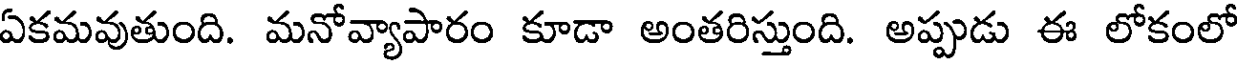
ఏకమవుతుంది. మనోవ్యాపారం కూడా అంతరిస్తుంది. అప్పుడు ఈ లోకంలో